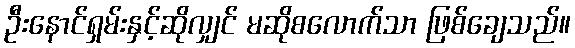
ဦးနောင်ရှမ်းနှင့်ဆိုလျှင် မဆိုစလောက်သာ ဖြစ်ချေသည်။